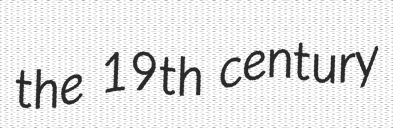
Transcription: the 19th century